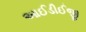
આઈડીઈજી